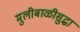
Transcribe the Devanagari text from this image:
मुलीबाळीसुद्धा